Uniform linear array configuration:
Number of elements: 16
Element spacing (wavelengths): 0.75
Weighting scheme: kaiser
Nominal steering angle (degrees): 45
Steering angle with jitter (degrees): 43.06
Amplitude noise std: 0.05
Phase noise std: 0.05

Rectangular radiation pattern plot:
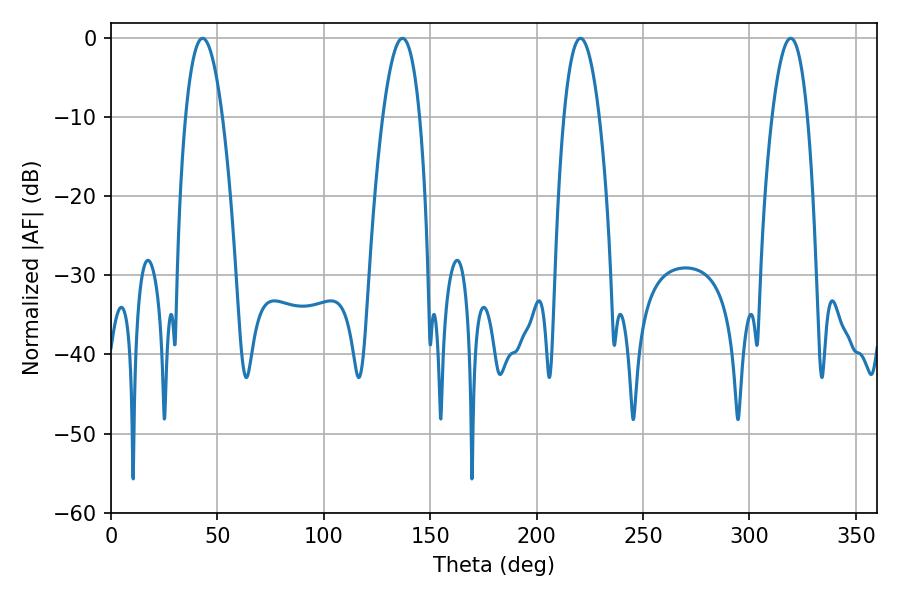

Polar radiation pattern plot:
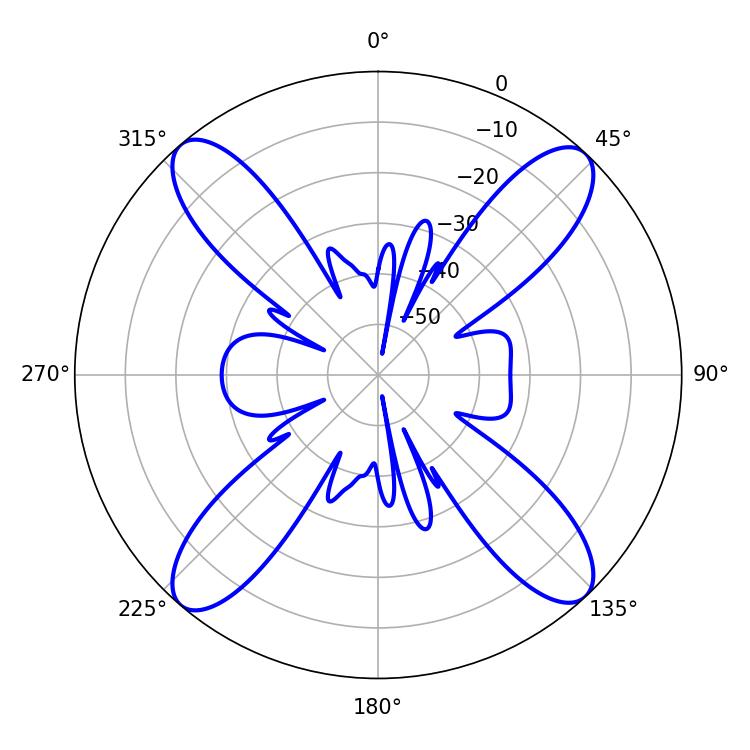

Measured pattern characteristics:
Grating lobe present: TRUE
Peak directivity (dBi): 19.871
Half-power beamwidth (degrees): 9.54
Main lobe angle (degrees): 43.02